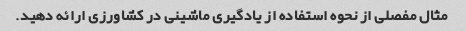
مثال مفصلی از نحوه استفاده از یادگیری ماشینی در کشاورزی ارائه دهید.